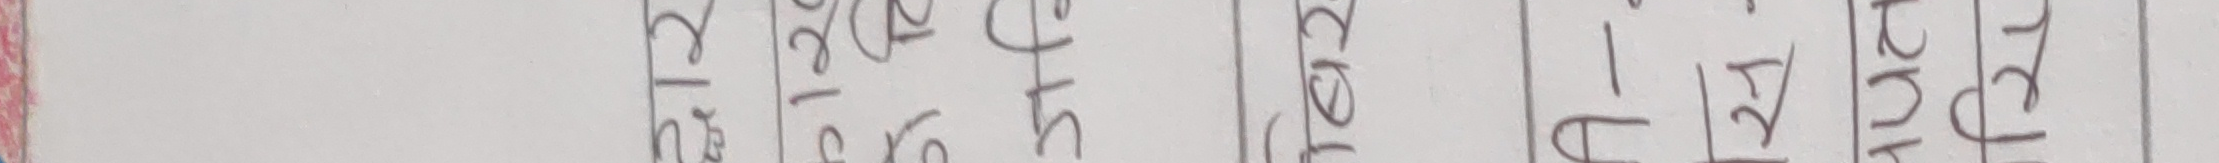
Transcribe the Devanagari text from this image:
मंगलबार १२ अप्रिल